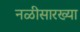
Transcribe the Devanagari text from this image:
नळीसारख्या